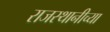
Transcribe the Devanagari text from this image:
राजस्थानीच्या